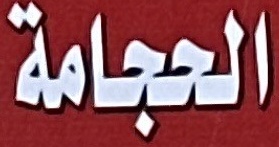
الحجامة